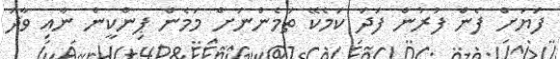
ފަޔަށް ފެން ފުރުން ފަދަ ކަމެކޭ ތަމެންނަށް މަމެން ޕިންކީން ނާއި ވާދަ